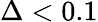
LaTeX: \Delta<0.1